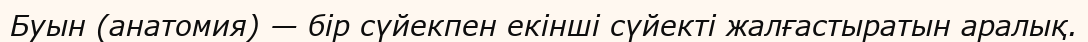
Буын (анатомия) — бір сүйекпен екінші сүйекті жалғастыратын аралық.